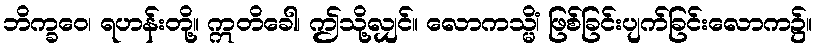
ဘိက္ခဝေ၊ ရဟန်းတို့။ ဣတိခေါ၊ ဤသို့လျှင်။ လောကသ္မိံ၊ ဖြစ်ခြင်းပျက်ခြင်းလောက၌။